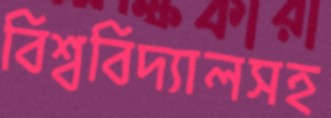
বিশ্ববিদ্যালসহ